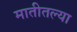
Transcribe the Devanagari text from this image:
मातीतल्या